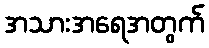
အသားအရေအတွက်